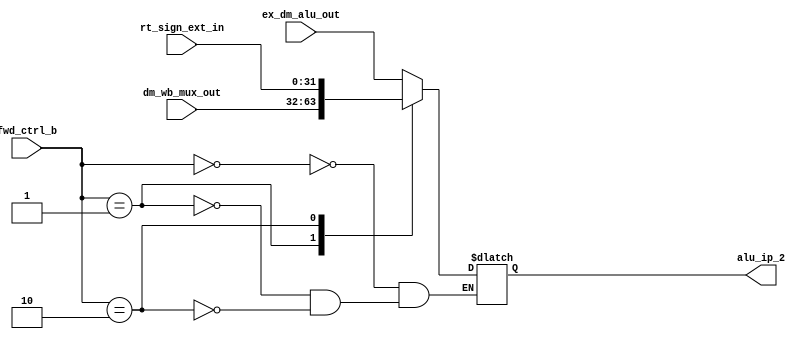
module ALU_B_FWD (
  output reg [31:0] alu_ip_2, 
  input [31:0] rt_sign_ext_in, ex_dm_alu_out,dm_wb_mux_out,
  input [1:0] fwd_ctrl_b
  );
  
  always @(*)
  begin
    case(fwd_ctrl_b)
      2'd0 : alu_ip_2 = ex_dm_alu_out;
      2'd1 : alu_ip_2 = dm_wb_mux_out;
      2'd2 : alu_ip_2 = rt_sign_ext_in;
      default : $display("invalid FWD of ALU_B control input");
    endcase
  end
  
endmodule